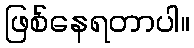
ဖြစ်နေရတာပါ။